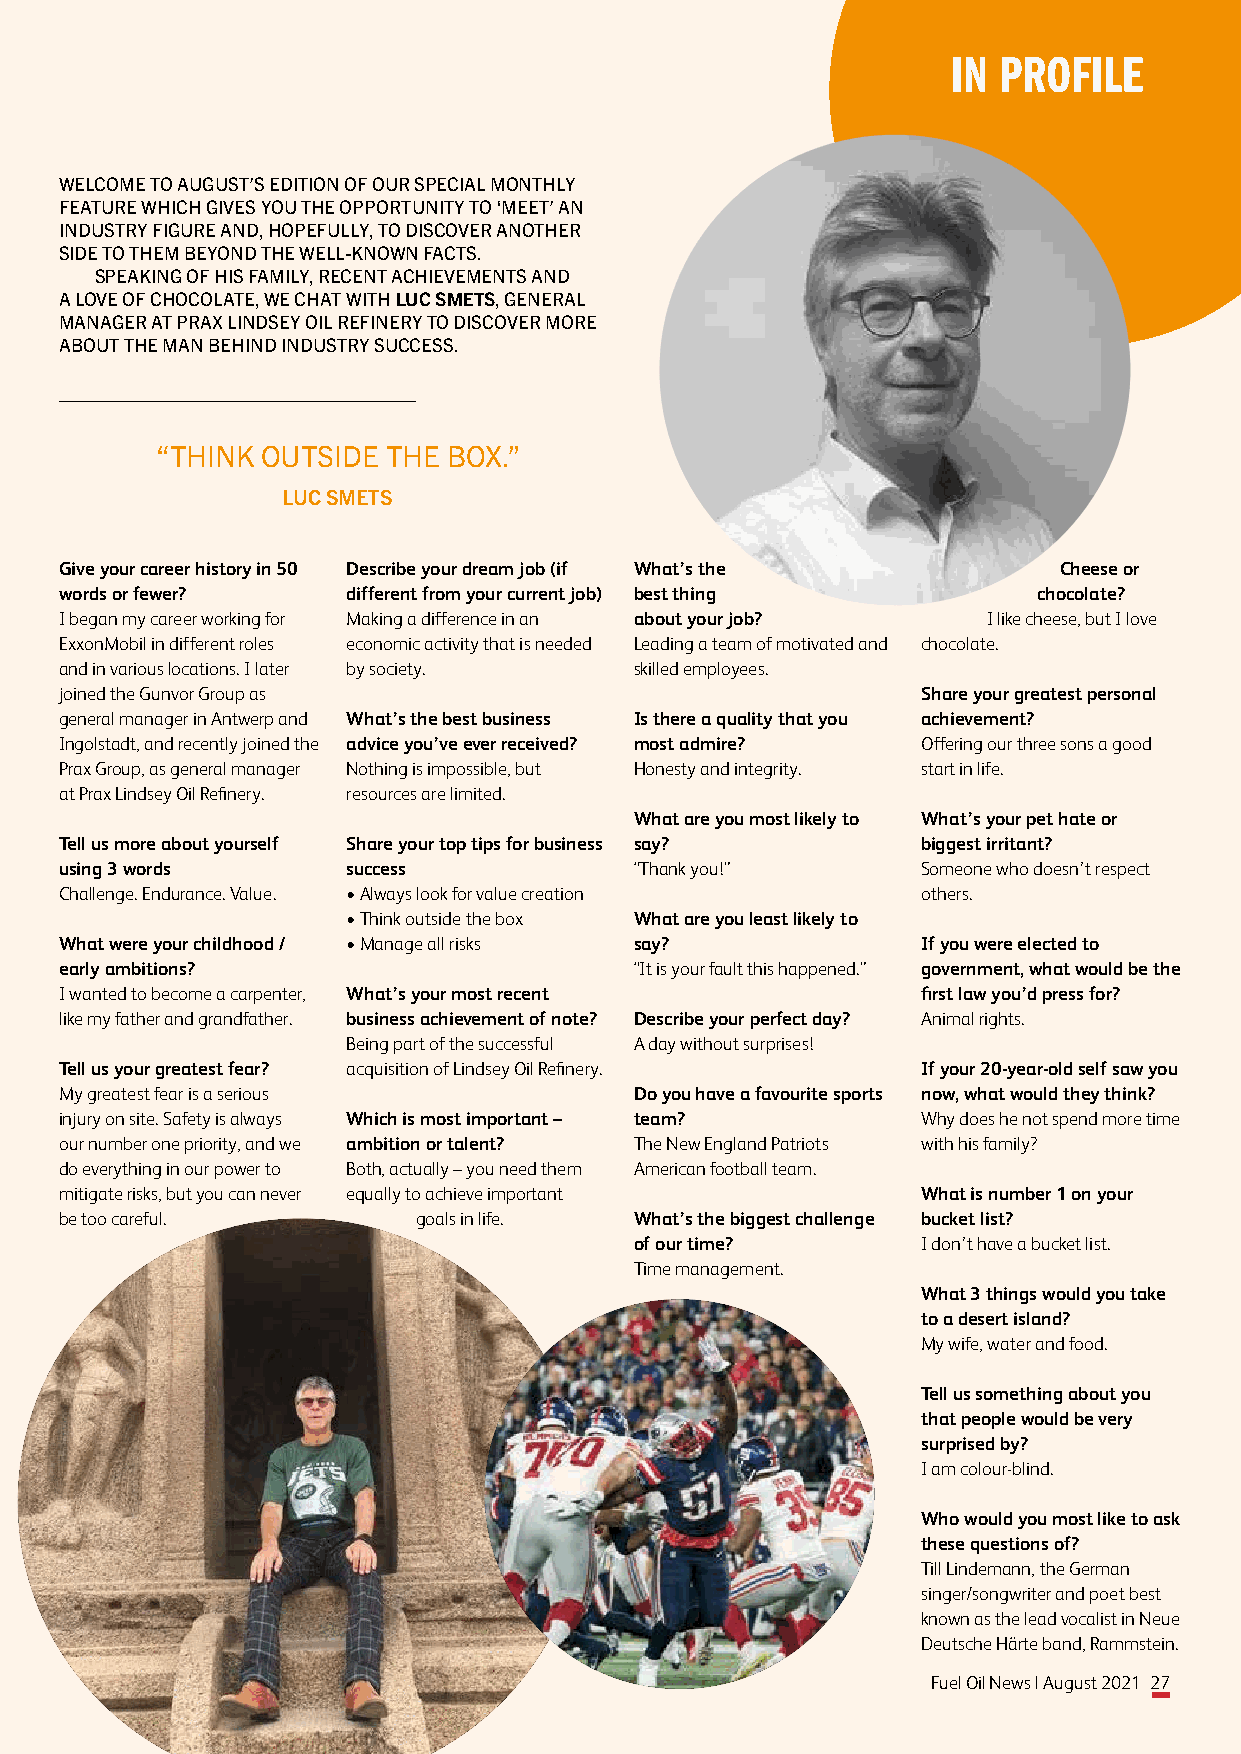
IN PROFILE
 WELCOME TO AUGUST’S EDITION OF OUR SPECIAL MONTHLY
 FEATURE WHICH GIVES YOU THE OPPORTUNITY TO ‘MEET’ AN
 INDUSTRY FIGURE AND, HOPEFULLY, TO DISCOVER ANOTHER
 SIDE TO THEM BEYOND THE WELL-KNOWN FACTS.
 SPEAKING OF HIS FAMILY, RECENT ACHIEVEMENTS AND
 A LOVE OF CHOCOLATE, WE CHAT WITH LUC SMETS, GENERAL
 MANAGER AT PRAX LINDSEY OIL REFINERY TO DISCOVER MORE
 ABOUT THE MAN BEHIND INDUSTRY SUCCESS.
 “THINK OUTSIDE  THE BOX.”
 LUC SMETS
 Give your career history in 50 Describe your dream job (if What’s the Cheese or
 words or fewer?    different from your current job) best thing   chocolate?
 I began my career working for Making a difference in an about your job? I like cheese, but I love
 ExxonMobil in different roles economic activity that is needed Leading a team of motivated and chocolate.
 and in various locations. I later by society. skilled employees.
 joined the Gunvor Group as                               Share your greatest personal
 general manager in Antwerp and What’s the best business Is there a quality that you achievement?
 Ingolstadt, and recently joined the advice you’ve ever received? most admire? Offering our three sons a good
 Prax Group, as general manager Nothing is impossible, but Honesty and integrity. start in life.
 at Prax Lindsey Oil Refinery. resources are limited.
 What are you most likely to What’s your pet hate or
 Tell us more about yourself Share your top tips for business say? biggest irritant?
 using 3 words      success            “Thank you!”       Someone who doesn’t respect
 Challenge. Endurance. Value. • Always look for value creation others.
 • Think outside the box What are you least likely to
 What were your childhood / • Manage all risks say?       If you were elected to
 early ambitions?                      “It is your fault this happened.” government, what would be the
 I wanted to become a carpenter, What’s your most recent  first law you’d press for?
 like my father and grandfather. business achievement of note? Describe your perfect day? Animal rights.
 Being part of the successful A day without surprises!
 Tell us your greatest fear? acquisition of Lindsey Oil Refinery. If your 20-year-old self saw you
 My greatest fear is a serious         Do you have a favourite sports now, what would they think?
 injury on site. Safety is always Which is most important – team? Why does he not spend more time
 our number one priority, and we ambition or talent? The New England Patriots with his family?
 do everything in our power to Both, actually – you need them American football team.
 mitigate risks, but you can never equally to achieve important What is number 1 on your
 be too careful.        goals in life. What’s the biggest challenge bucket list?
 of our time?       I don’t have a bucket list.
 Time management.
 What 3 things would you take
 to a desert island?
 My wife, water and food.
 Tell us something about you
 that people would be very
 surprised by?
 I am colour-blind.
 Who would you most like to ask
 these questions of?
 Till Lindemann, the German
 singer/songwriter and poet best
 known as the lead vocalist in Neue
 Deutsche Härte band, Rammstein.
 Fuel Oil News | August 2021 27